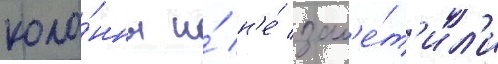
коло́нны и́ н'е́ зам'е́т'ил'и